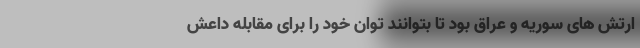
ارتش های سوریه و عراق بود تا بتوانند توان خود را برای مقابله داعش